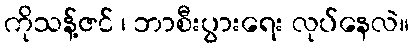
ကိုသန့်ဇင် ၊ ဘာစီးပွားရေး လုပ်နေလဲ။